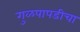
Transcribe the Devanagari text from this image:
गुळपापडीचा